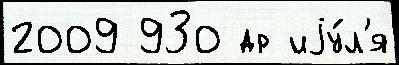
2009 930 др иjу́л'я